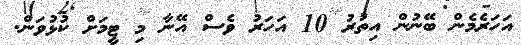
އަހަރެމެން ބޭނުން އިތުރު 10 އަހަރު ވެސް އޭނާ މި ޓީމަށް ކުޅުވަން.